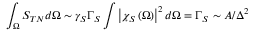
\int _ { \Omega } S _ { T N } d \Omega \sim \gamma _ { S } \Gamma _ { S } \int \left| \chi _ { S } \left( \Omega \right) \right| ^ { 2 } d \Omega = \Gamma _ { S } \sim A / \Delta ^ { 2 }